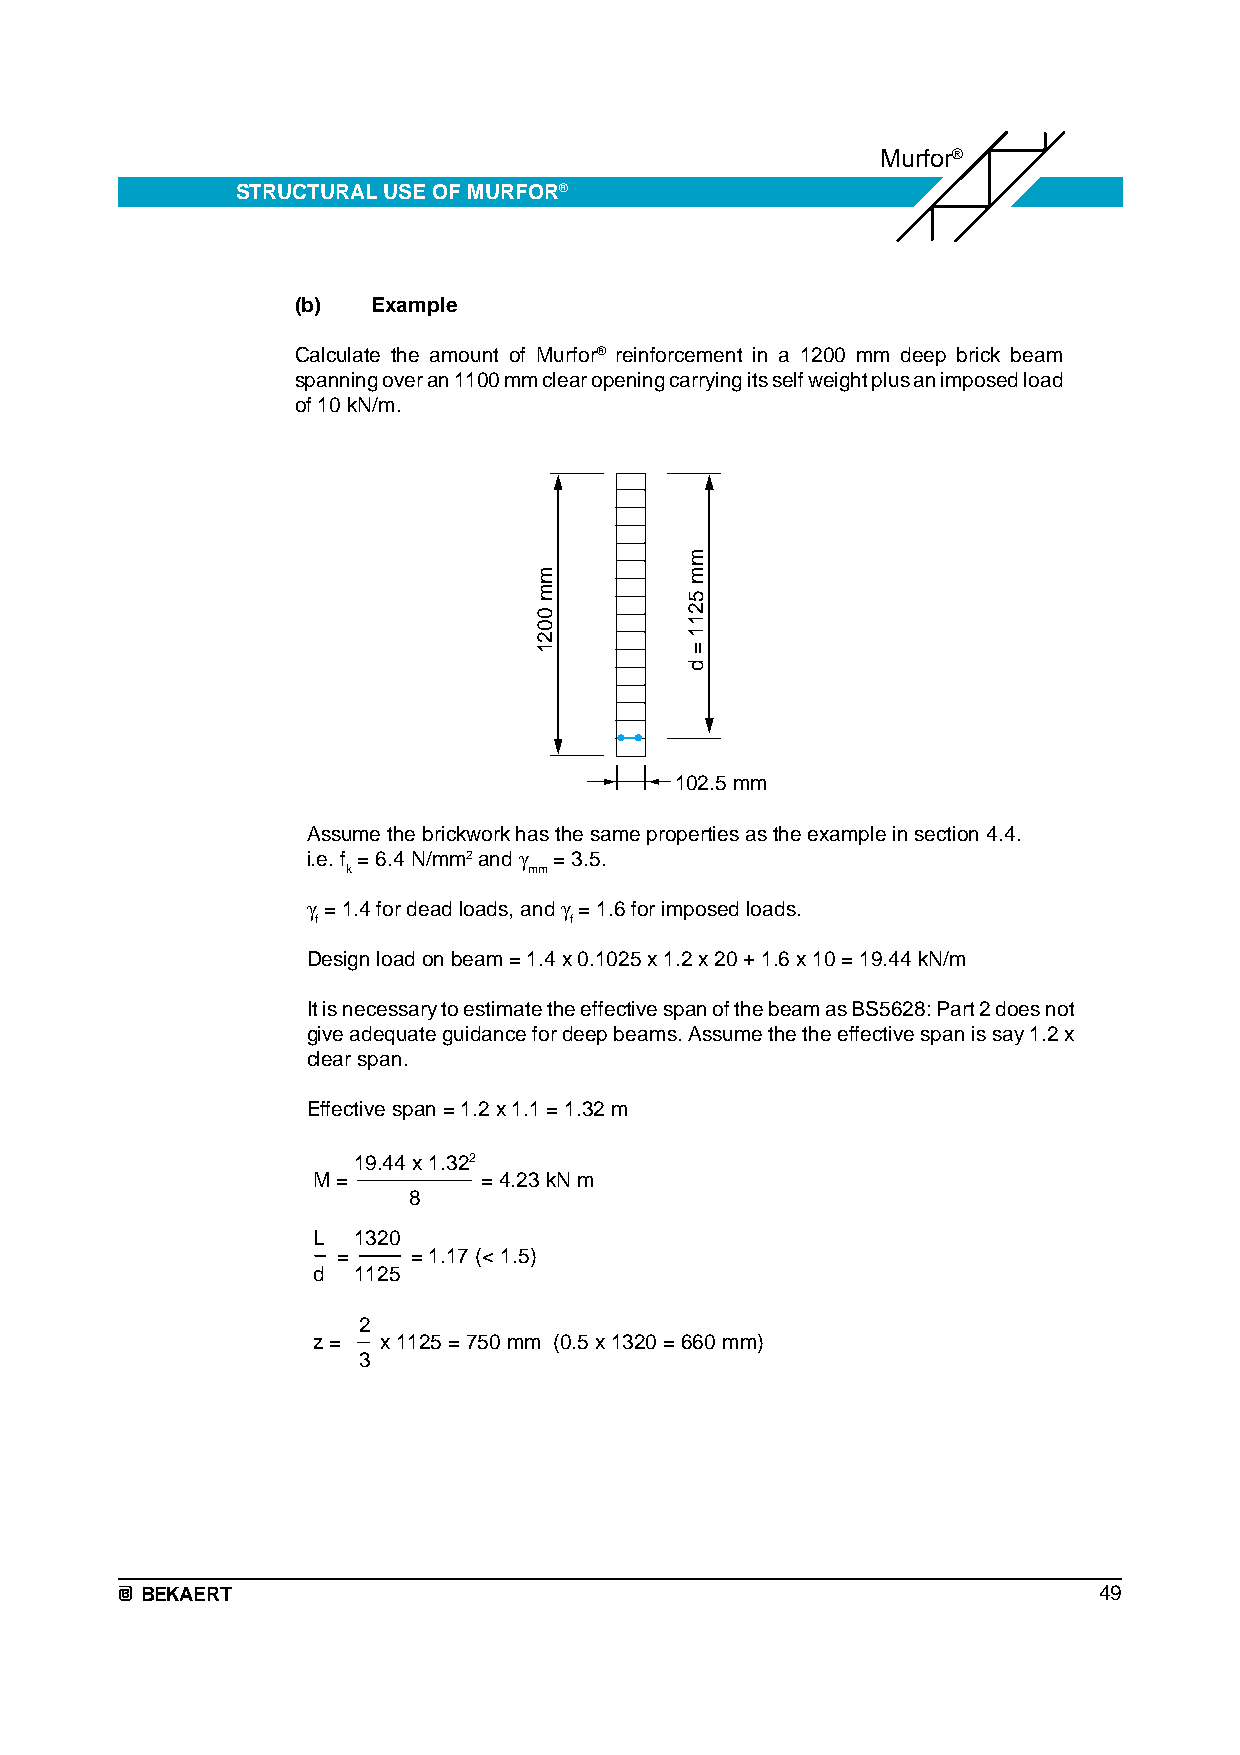
Murfor®
 STRUCTURAL USE OF MURFOR®
 (b)  Example
 Calculate the amount of Murfor® reinforcement in a 1200 mm deep brick beam
 spanning over an 1100 mm clear opening carrying its self weight plus an imposed load
 of 10 kN/m.
 102.5 mm
 Assume the brickwork has the same properties as the example in section 4.4.
 i.e. f = 6.4 N/mm2 and γ = 3.5.
 k           mm
 γ = 1.4 for dead loads, and γ = 1.6 for imposed loads.
 f                f
 Design load on beam = 1.4 x 0.1025 x 1.2 x 20 + 1.6 x 10 = 19.44 kN/m
 It is necessary to estimate the effective span of the beam as BS5628: Part 2 does not
 give adequate guidance for deep beams. Assume the the effective span is say 1.2 x
 clear span.
 Effective span = 1.2 x 1.1 = 1.32 m
 19.44 x 1.322
 M =        = 4.23 kN m
 8
 L 1320
 =    = 1.17 (< 1.5)
 d 1125
 2
 z = x 1125 = 750 mm (0.5 x 1320 = 660 mm)
 3
 BEKAERT                                                         49
 mm
 0021
 mm
 5211
 =
 d